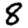
Digit: 8